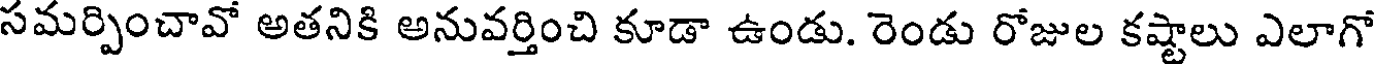
సమర్పించావో అతనికి అనువర్తించి కూడా ఉండు. రెండు రోజుల కష్టాలు ఎలాగో